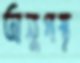
অনুপস্থ